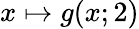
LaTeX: x\mapsto g(x;2)